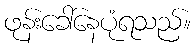
ဖုန်းခေါ်နေပုံရသည်။